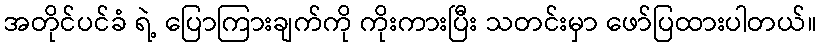
အတိုင်ပင်ခံ ရဲ့ ပြောကြားချက်ကို ကိုးကားပြီး သတင်းမှာ ဖော်ပြထားပါတယ်။